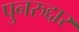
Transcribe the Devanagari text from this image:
पुनरुद्दार